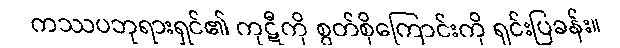
ကဿပဘုရားရှင်၏ ကုဋီကို စွတ်စိုကြောင်းကို ရှင်းပြခန်း။